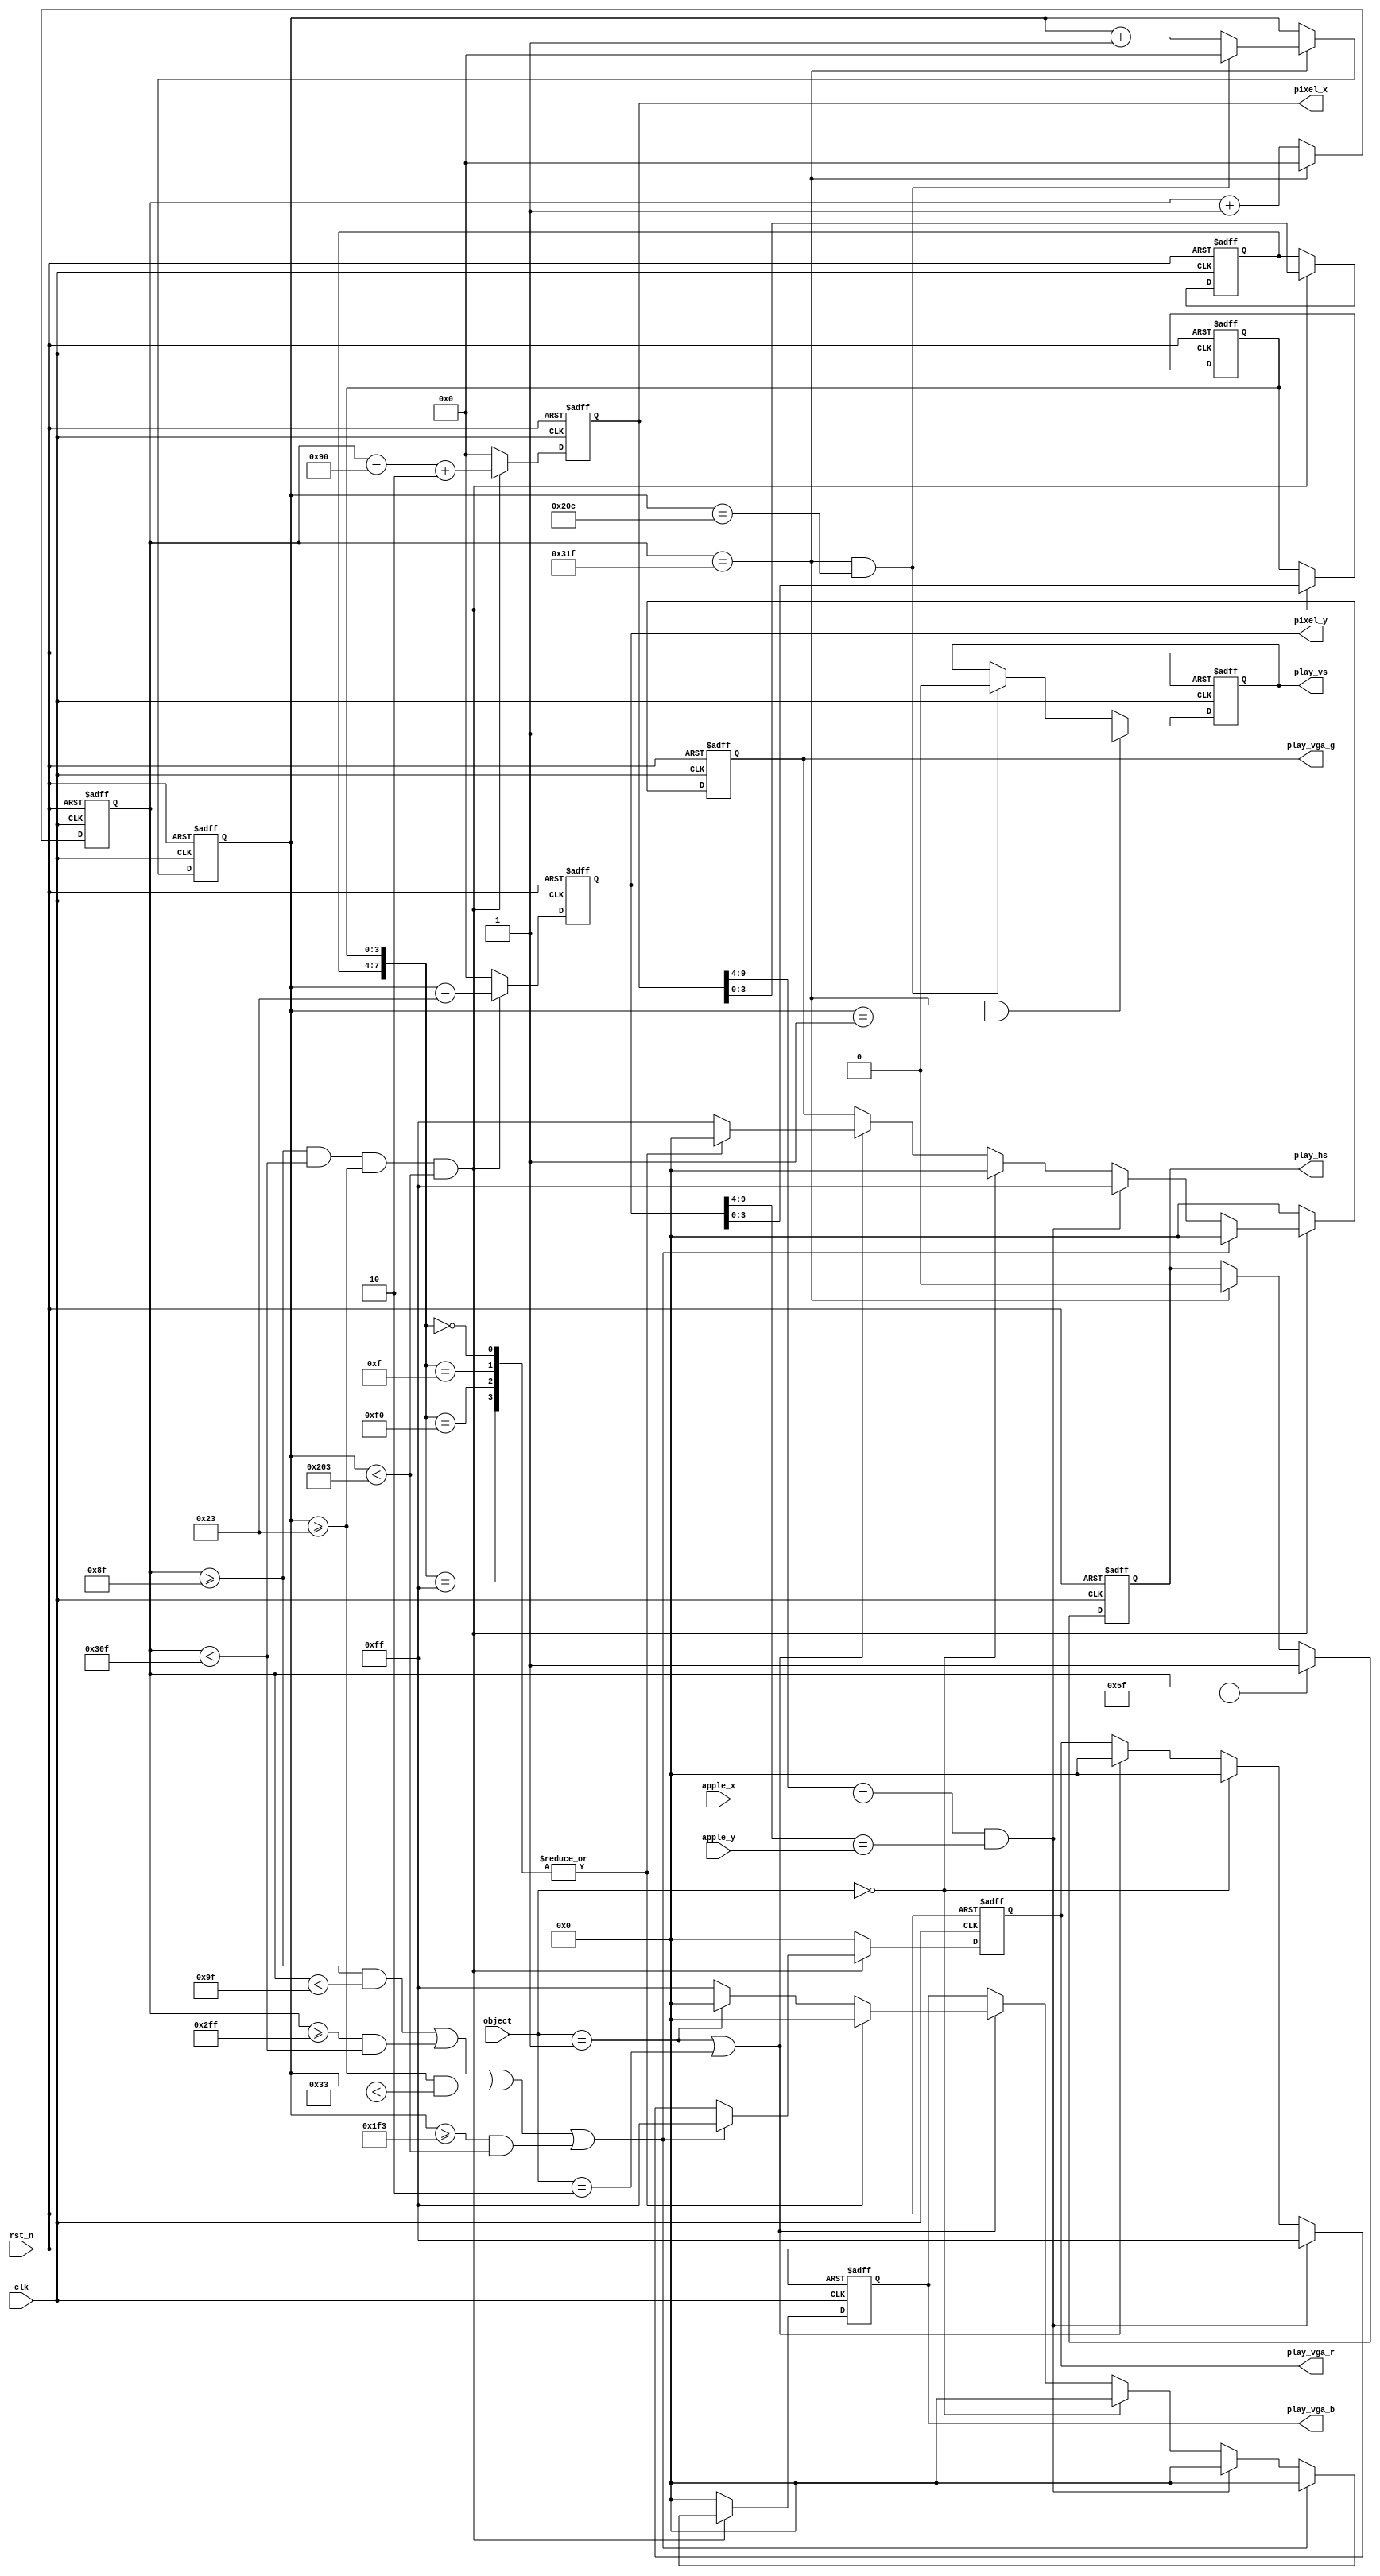
module  vga_play(
        input                   clk                     ,
        input                   rst_n                   ,
        //
        input         [ 1: 0]   object                  ,
        input         [ 5: 0]   apple_x                 ,
        input         [ 4: 0]   apple_y                 ,
        output  reg   [ 9: 0]   pixel_x                 ,
        output  reg   [ 9: 0]   pixel_y                 ,
        
        //vga
        output  reg   [ 7: 0]   play_vga_r              ,
        output  reg   [ 7: 0]   play_vga_g              ,
        output  reg   [ 7: 0]   play_vga_b              ,
        output  wire            play_hs                 ,
        output  wire            play_vs 
);
//=====================================================================\
// ********** Define Parameter and Internal Signals *************
//=====================================================================/
//ADV7123 t输出延迟=t6+t8=7.5+15=22.5ns
// 640*480@60Hz fclk=25MHz,Tclk=40ns,20ns>7.5ns,所以数据不需要提前一个时钟输出,按正常时序即可
parameter   LinePeriod      =       800                         ;
parameter   H_SyncPulse     =       96                          ;
parameter   H_BackPorch     =       48                          ;
parameter   H_ActivePix     =       640                         ;
parameter   H_FrontPorch    =       16                          ;
parameter   Hde_start       =       H_SyncPulse + H_BackPorch   ; 
parameter   Hde_end         =       Hde_start + H_ActivePix     ; 

parameter   FramePeriod     =       525                         ;
parameter   V_SyncPulse     =       2                           ;
parameter   V_BackPorch     =       33                          ;
parameter   V_ActivePix     =       480                         ;
parameter   V_FrontPorch    =       10                          ;
parameter   Vde_start       =       V_SyncPulse + V_BackPorch   ; 
parameter   Vde_end         =       Vde_start + V_ActivePix     ; 

parameter   Red_Wide        =       16                          ;

parameter   NONE            =       2'b00                       ;
parameter   HEAD            =       2'b01                       ;
parameter   BODY            =       2'b10                       ;


reg                             hsync                           ;
reg                             vsync                           ;

reg     [ 9: 0]                 h_cnt                           ;
wire                            add_h_cnt                       ;
wire                            end_h_cnt                       ;

reg     [ 9: 0]                 v_cnt                           ;
wire                            add_v_cnt                       ; 
wire                            end_v_cnt                       ;

wire                            valid_area                      ; 

reg     [ 3: 0]                 snake_x                         ;
reg     [ 3: 0]                 snake_y                         ; 

wire                            wall_area                       ; 
//======================================================================
// ***************      Main    Code    ****************
//======================================================================
assign  play_hs      =       hsync;
assign  play_vs      =       vsync;

always @(posedge clk or negedge rst_n)begin
    if(!rst_n)begin
        h_cnt <= 0;
    end
    else if(add_h_cnt)begin
        if(end_h_cnt)
            h_cnt <= 0;
        else
            h_cnt <= h_cnt + 1'b1;
    end
end

assign add_h_cnt     =       1'b1;
assign end_h_cnt     =       add_h_cnt && h_cnt== LinePeriod-1;

always @(posedge clk or negedge rst_n)begin 
    if(!rst_n)begin
        v_cnt <= 0;
    end
    else if(add_v_cnt)begin
        if(end_v_cnt)
            v_cnt <= 0;
        else
            v_cnt <= v_cnt + 1'b1;
    end
end

assign add_v_cnt     =       end_h_cnt;
assign end_v_cnt     =       add_v_cnt && v_cnt== FramePeriod-1;

//pixel_x,pixel_y
always @(posedge clk or negedge rst_n)begin
    if(!rst_n)begin
        pixel_x <= 0;
        pixel_y <= 0;
    end
    else if(valid_area)begin
            pixel_x <= h_cnt - Hde_start + 2;//这里提前了两个时钟，因为前后判断各耽搁一个时钟,具体自己画一下时序图
            pixel_y <= v_cnt - Vde_start;//因为v_cnt数据是多个时钟保持的，持续时间长，所以不会耽搁，故不能加2
    end
    else begin
        pixel_x <= 0;
        pixel_y <= 0;
    end
end



//hsync
always  @(posedge clk or negedge rst_n)begin
    if(rst_n==1'b0)begin
        hsync   <=      1'b0;
    end
    else if(add_h_cnt && h_cnt == H_SyncPulse-1)begin
        hsync   <=      1'b1;
    end
    else if(end_h_cnt)begin
        hsync   <=      1'b0;
    end
end

//vsync
always  @(posedge clk or negedge rst_n)begin
    if(rst_n==1'b0)begin
        vsync   <=      1'b0;
    end
    else if(add_v_cnt && v_cnt == V_SyncPulse-1)begin
        vsync   <=      1'b1;
    end
    else if(end_v_cnt)begin
        vsync   <=      1'b0;
    end
end


assign  valid_area        =   (h_cnt >= Hde_start - 1 && h_cnt < Hde_end - 1 && v_cnt >= Vde_start && v_cnt < Vde_end);//v_cnt是多周期的，所以不用提前  
assign  wall_area    =   (h_cnt >= Hde_start -1 && h_cnt < Hde_start - 1 + Red_Wide) || (h_cnt >= Hde_end - 1 - Red_Wide && h_cnt < Hde_end - 1) || (v_cnt >= Vde_start && v_cnt < Vde_start + Red_Wide) || (v_cnt >= Vde_end - Red_Wide && v_cnt < Vde_end);

//wall 100  , snake head 010,snake body 011,apple 110
always  @(posedge clk or negedge rst_n)begin
    if(rst_n==1'b0)begin
        play_vga_r   <=      8'h0;
        play_vga_g   <=      8'h0;
        play_vga_b   <=      8'h0;
    end
    else if(valid_area)begin
        if(wall_area)begin
            play_vga_r   <=      8'hff;
            play_vga_g   <=      8'h00;
            play_vga_b   <=      8'h00;
        end
        else if(pixel_x[9:4] == apple_x && pixel_y[9:4] == apple_y)begin//扫描到了苹果的位置
            play_vga_r   <=      8'hff;
            play_vga_g   <=      8'hff;
            play_vga_b   <=      8'h00;
        end
        else if(object == NONE)begin
                play_vga_r   <=      8'h00;
                play_vga_g   <=      8'h00;
                play_vga_b   <=      8'h00;
            end
        else if(object == HEAD || object == BODY)begin
            case({snake_x,snake_y})
                8'b0000_0000,8'b0000_1111,8'b1111_0000,8'b1111_11111:begin
                    play_vga_r   <=      8'h00;
                    play_vga_g   <=      8'h00;
                    play_vga_b   <=      8'h00;
                end    
                default:begin
                    if(object == HEAD)begin
                        play_vga_r   <=      8'h00;
                        play_vga_g   <=      8'hff;
                        play_vga_b   <=      8'h00;
                    end
                    else begin
                        play_vga_r   <=      8'h00;
                        play_vga_g   <=      8'hff;
                        play_vga_b   <=      8'hff;
                    end
                end
            endcase
        end
    end
    else begin
        play_vga_r   <=      8'h0;
        play_vga_g   <=      8'h0;
        play_vga_b   <=      8'h0;
    end
end

//snake_x,snake_y
always  @(posedge clk or negedge rst_n)begin
    if(rst_n==1'b0)begin
        snake_x     <=      'd0;
        snake_y     <=      'd0;
    end
    else if(valid_area)begin
        snake_x     <=      pixel_x[3:0];
        snake_y     <=      pixel_y[3:0];
    end
end








endmodule